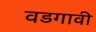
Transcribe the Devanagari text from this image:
वडगावी